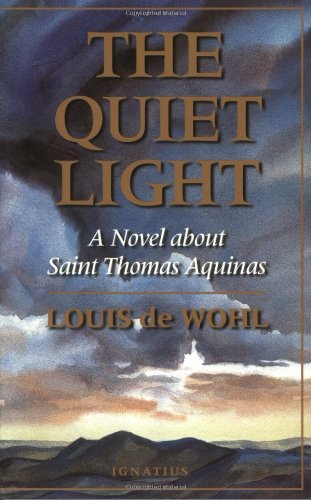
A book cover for The Quiet Light: A Novel About Saint Thomas Aquinas; Louis De Wohl; Religion & Spirituality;